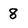
Character: 8